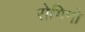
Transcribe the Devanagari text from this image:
रोगिनो